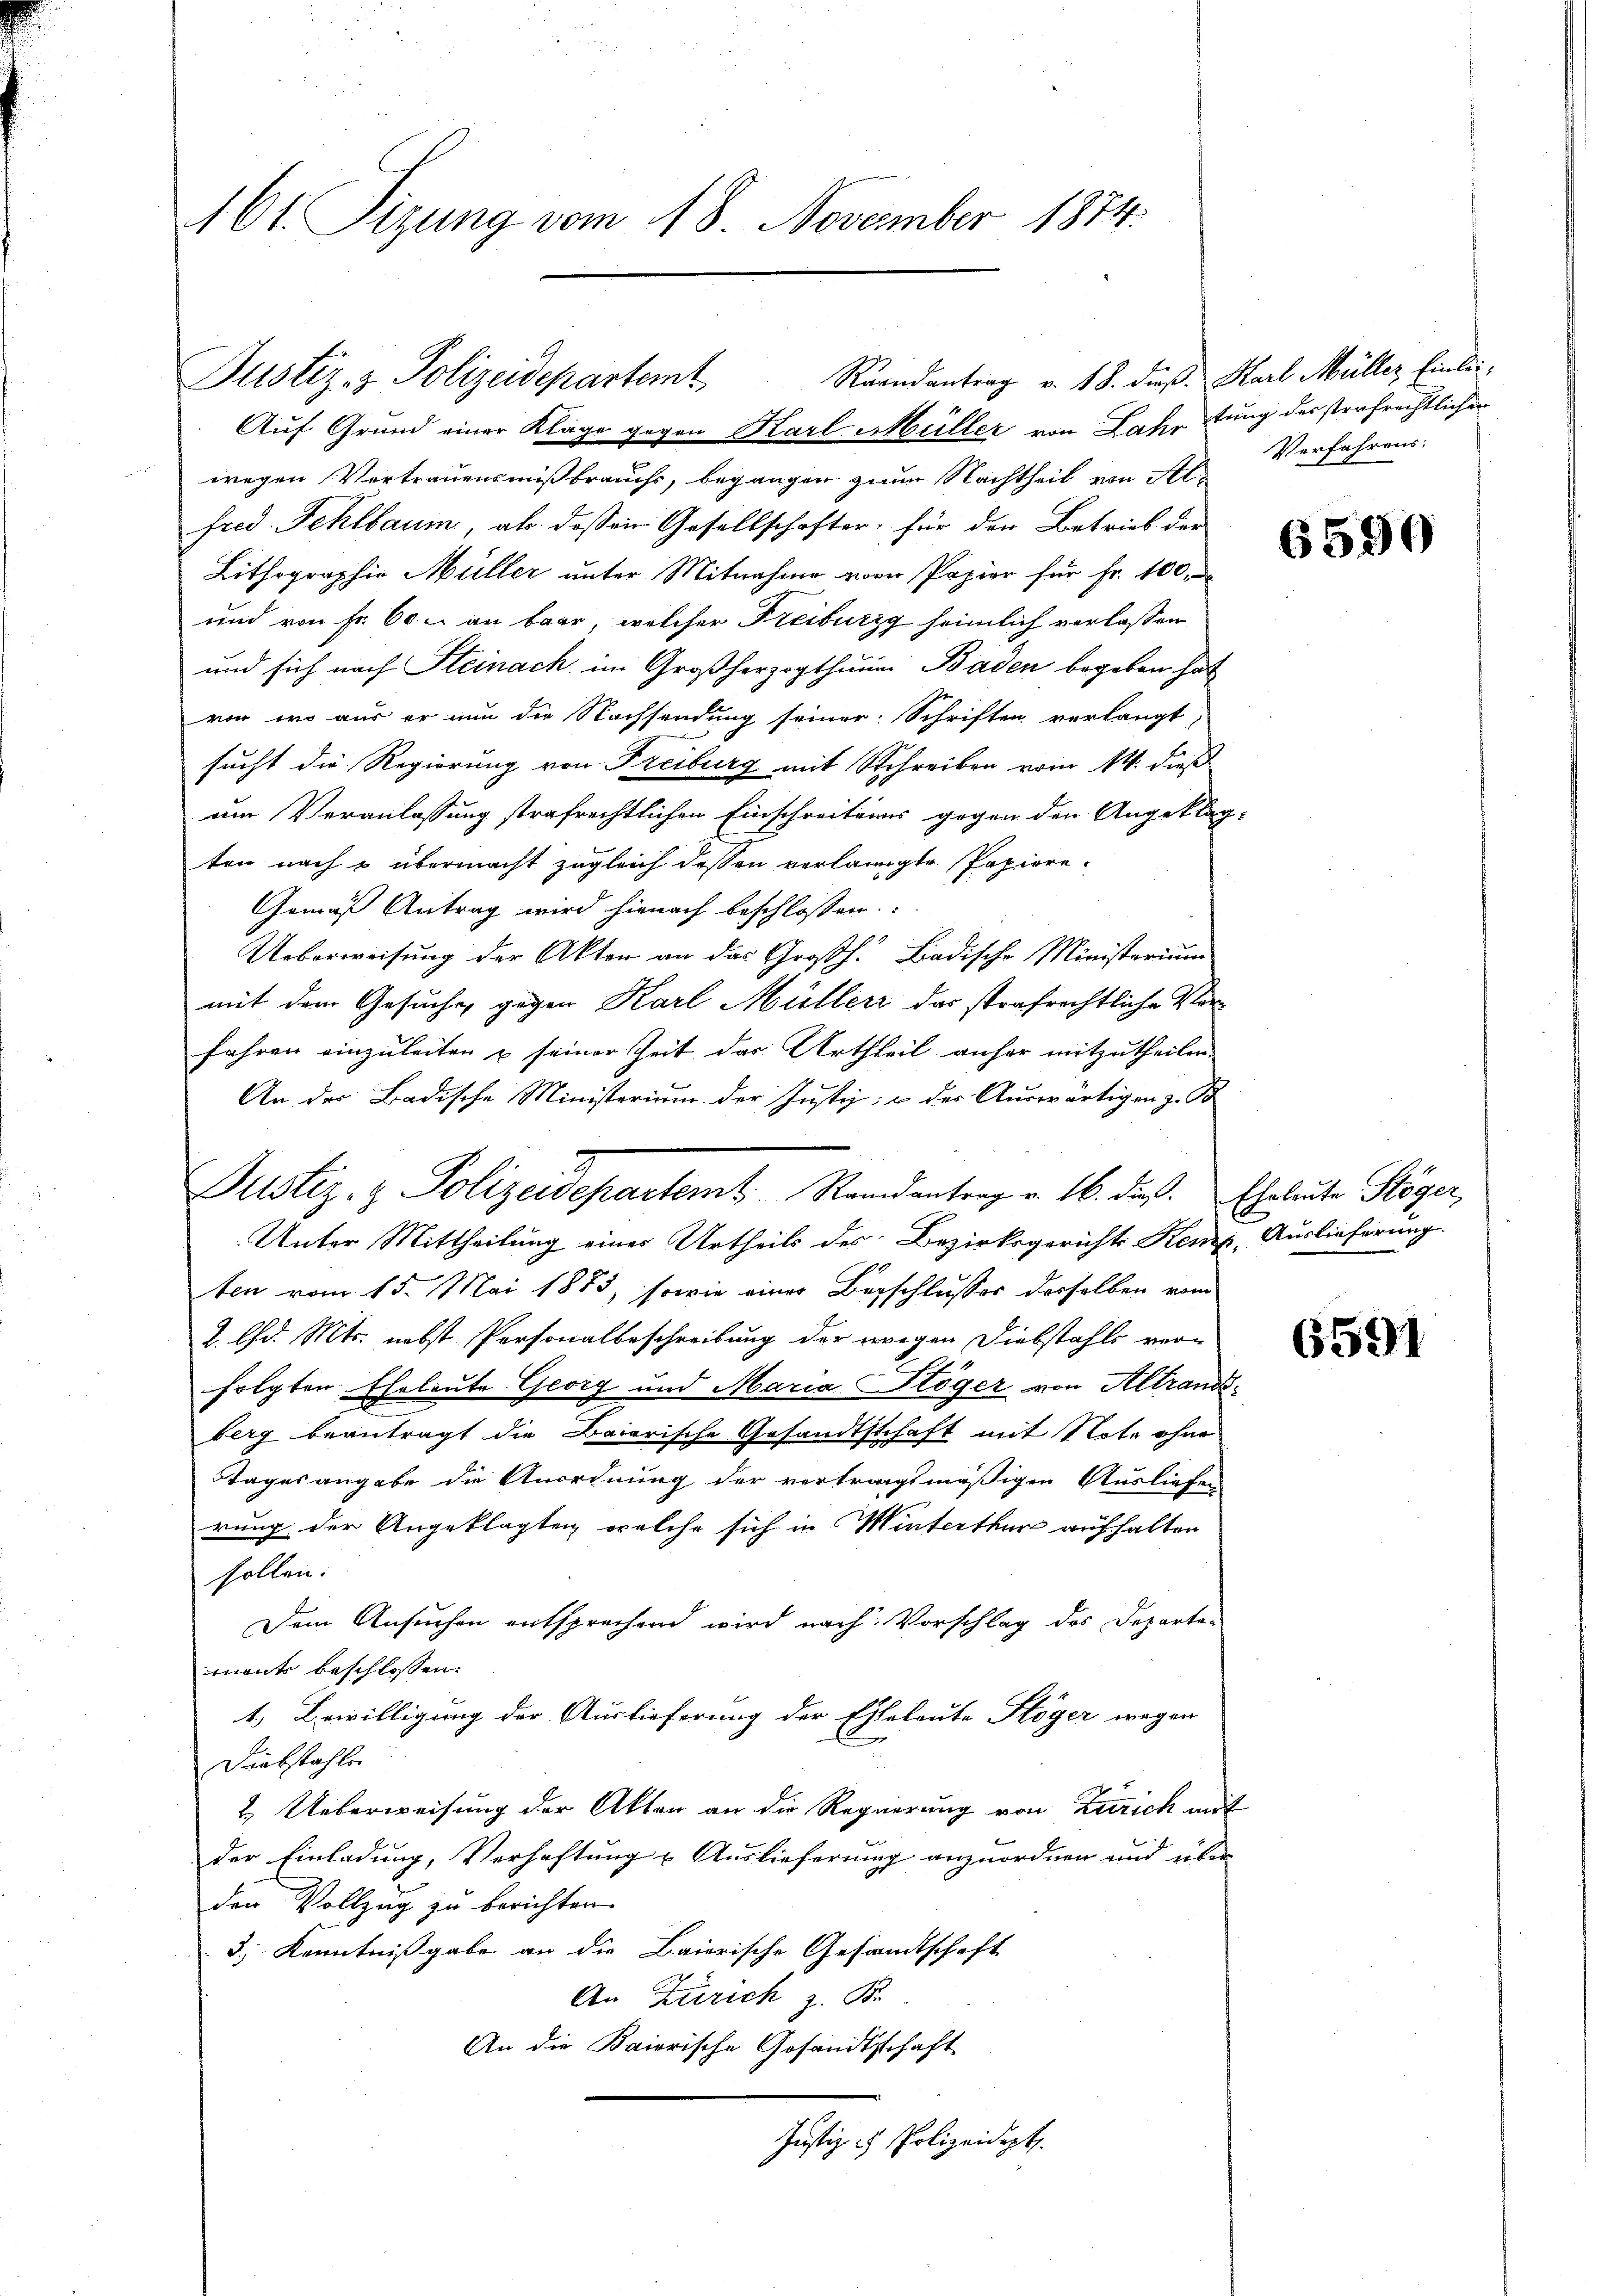
161. Sizung vom 18. November 1884.

Auf Grund einer Klage gegen Karl Müller von Jahr stung des strafrechtlichen
wegen Vertrauensmißbrauchs, begangen zum Nachtheil von Alfred Fehlbaum, als dassen Gesellschafter, für den Betrieb der
Lithographie Müller unter Mitnahme von Papier für Fr. 100, d
und von Fr. 60 u. an baar, welcher Freiburg heimlich verlassen
und sich nach Steinach im Großherzogthum Baden begeben hat
von, wo aus er nun die Nachsendung seiner Schriften verlangt,
sucht die Regierung von Freiburg mit Schreiben vom 14. dieß
um Veranlassung strafrechtlichen Einschreitens gegen den Angeklag-
ten nach & übermacht zugleich dessen verlangte Papiere¬
Gemäß Antrag wird hienach beschlossen:
Ueberweisung der Akten an das Großh. Badische Ministerium
mit dem Gesuche gegen Karl Müller das strafrechtliche Verfahren einzuleiten & seiner Zeit das Urtheil anher mitzutheilen.
An der Badische Ministerium der Justiz; u. des Auswärtigen z. B
Unter Mittheilung einer Urtheils des Bezirksgerichts Kemp, Auslieferung.
ten vom 15. Mai 1883, sowie einer Beschlusses derselben vom
2. d. Mts. nebst Personalbeschreibung der wegen Diebstahls ver-
folgten Eheleute Georg und Maria Stöger von Altrandberg beantragt die Baierische Gesandtschaft mit Note ohne
tagesangabe die Anordnung der vertragsmäßigen Ausliefen
rung der Angeklagten welche sich in Winterthur aufhalten
sollen.
Dem Ansuchen entsprechend wird nach Vorschlag des Departe-
mant beschlossen:
1.) Bewilligung der Auslieferung der Eheleute Stöger wegen
Diebstahle
& Ueberweisung der Akten an die Regierung von Zürich mit
der Einladung, Verhaftung & Auslieferung anzuordnen und über
den Vollzug zu berichten.
3 Kenntnißgabe an die Baierische Gesandtschaft
An Zürich z. B.
An die Baiorische Gesandtschaft
Justiz & Polizeidept.

Raandantrag v. 18. dieß. Karl Müller Einlei¬
Justiz- & Polizeidepartemt

Justiz- & Polizeidepartemb. Randantrag v. 16. dieß. Eheleute Stöger,

Verfahrens.

6590

6591